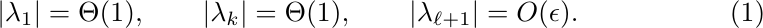
\begin{equation}
\label{eq:gap}
\lvert\lambda_1\rvert=\Theta(1),
\qquad \lvert\lambda_k\rvert=\Theta(1),
\qquad \lvert\lambda_{\ell+1}\rvert=O(\epsilon).
\end{equation}